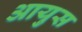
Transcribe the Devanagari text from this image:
आयुस